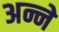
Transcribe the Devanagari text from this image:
अन्ने